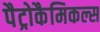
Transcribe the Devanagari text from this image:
पैट्रोकैमिकल्स